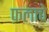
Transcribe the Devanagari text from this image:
फ़लाचे